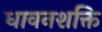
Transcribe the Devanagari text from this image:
धावनशक्ति